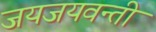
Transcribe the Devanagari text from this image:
जयजयवन्ती